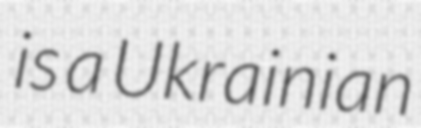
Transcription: is a Ukrainian